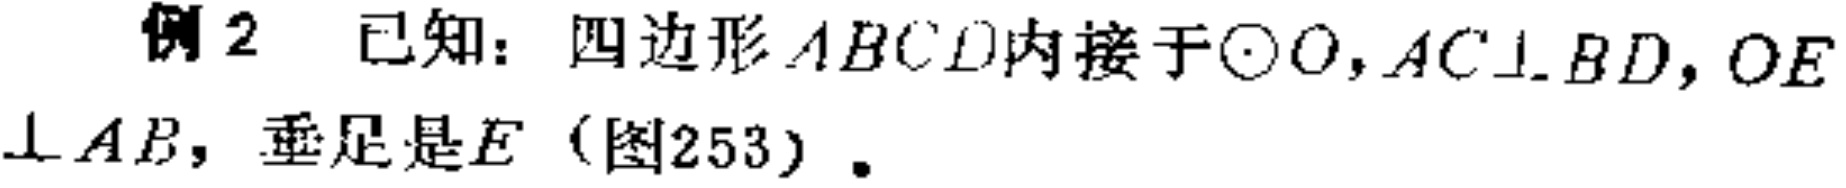
例2 已知：四边形\(ABCD\)内接于\(\odot O\)，\(AC\perp BD\)，\(OE\perp AB\)，垂足是\(E\)（图253）.